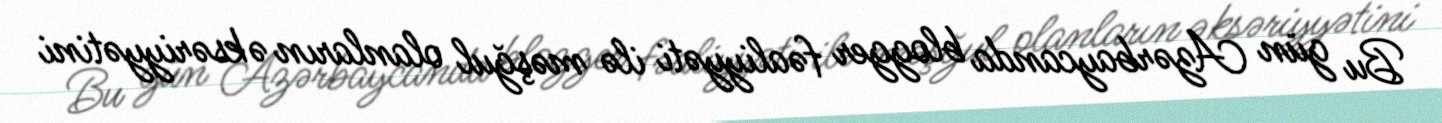
Bu gün Azərbaycanda blogger fəaliyyəti ilə məşğul olanların əksəriyyətini